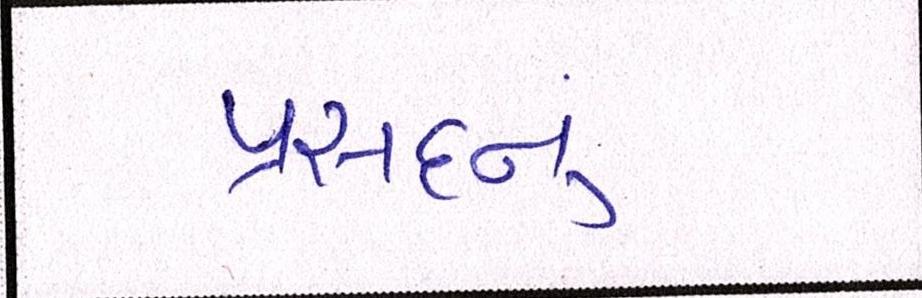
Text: પ્રસાદનું